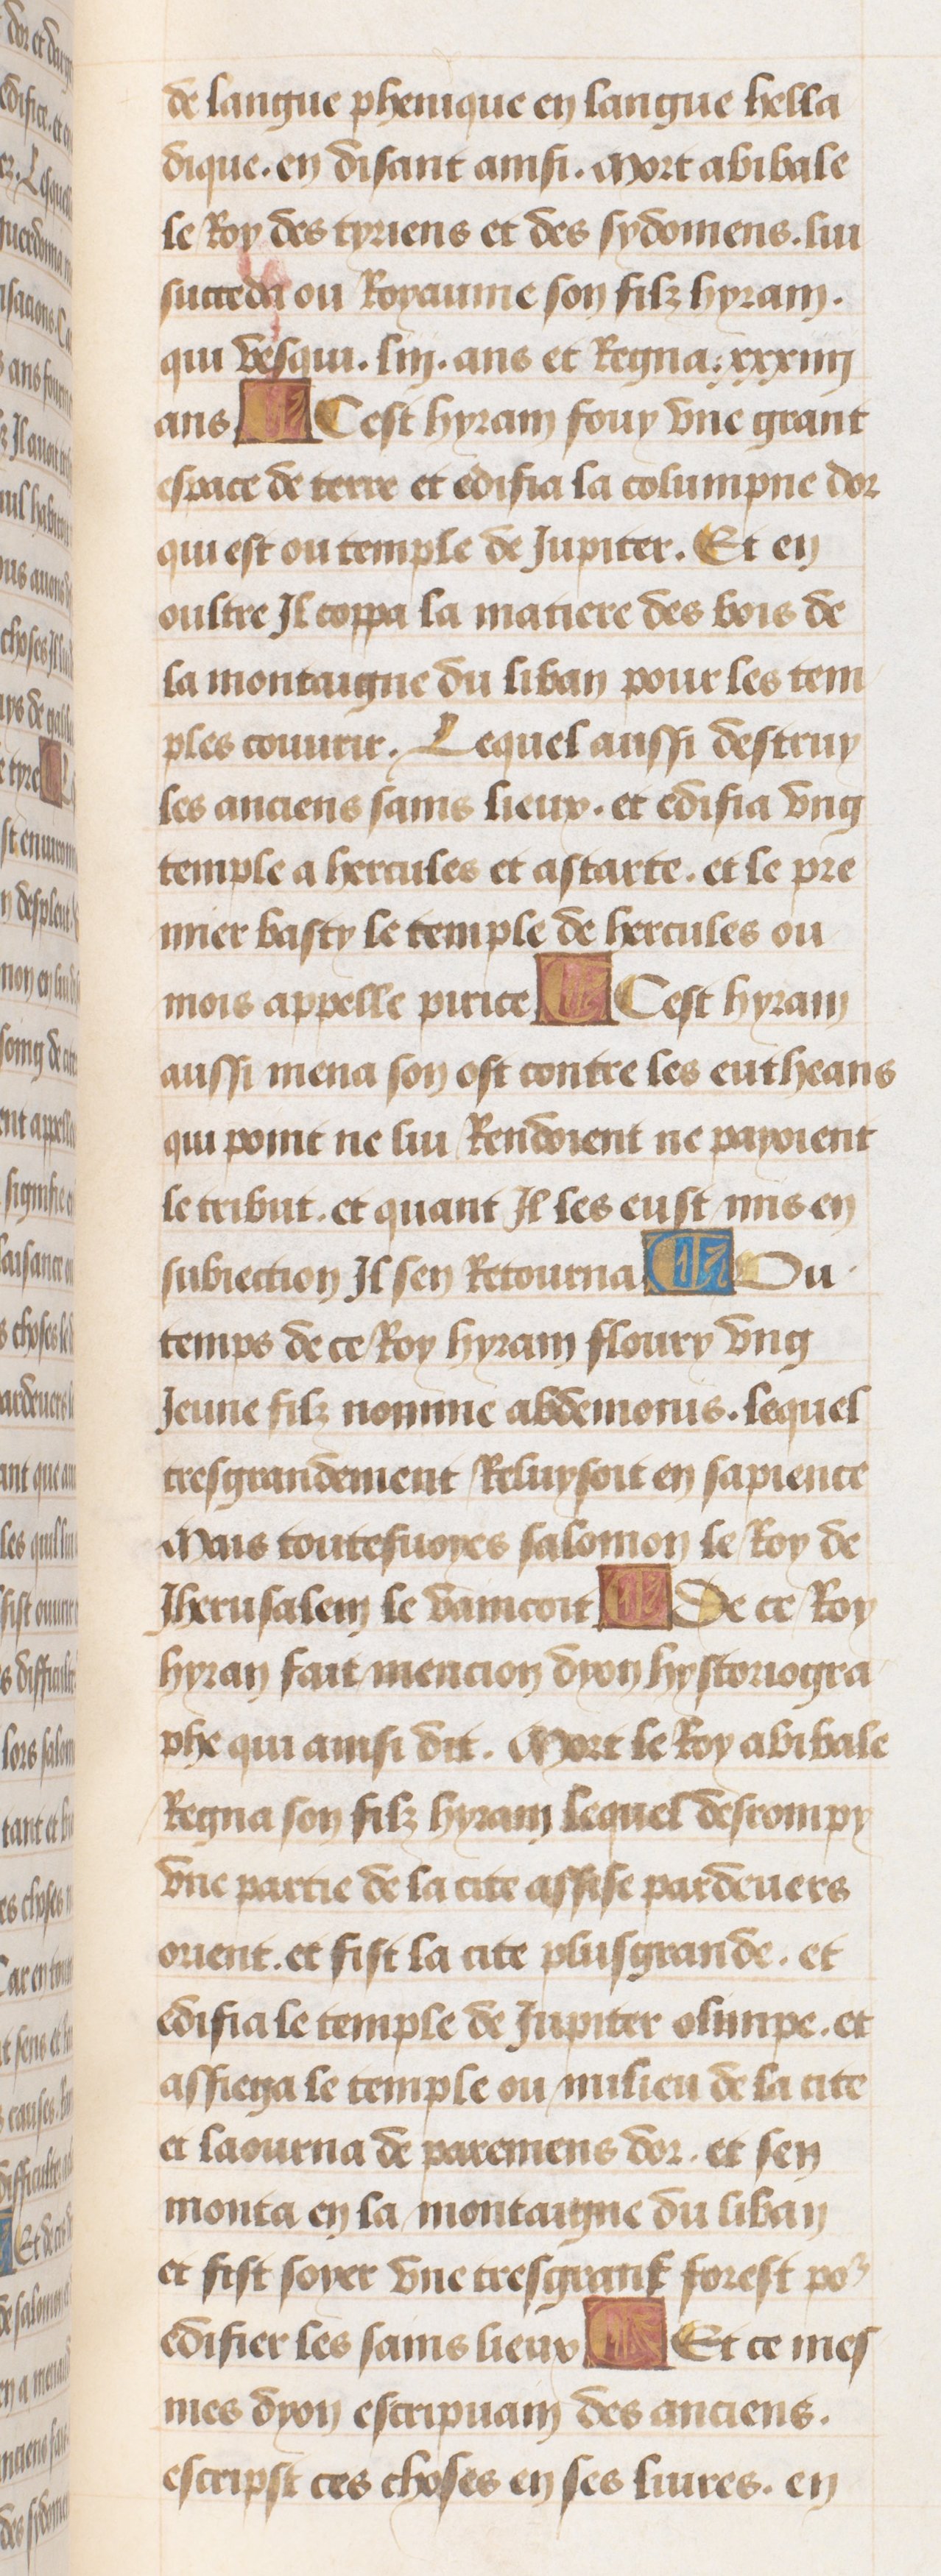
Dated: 1470–1499